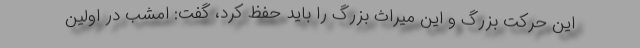
این حرکت بزرگ و این میراث بزرگ را باید حفظ کرد، گفت: امشب در اولین